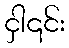
ငှါ၎င်း